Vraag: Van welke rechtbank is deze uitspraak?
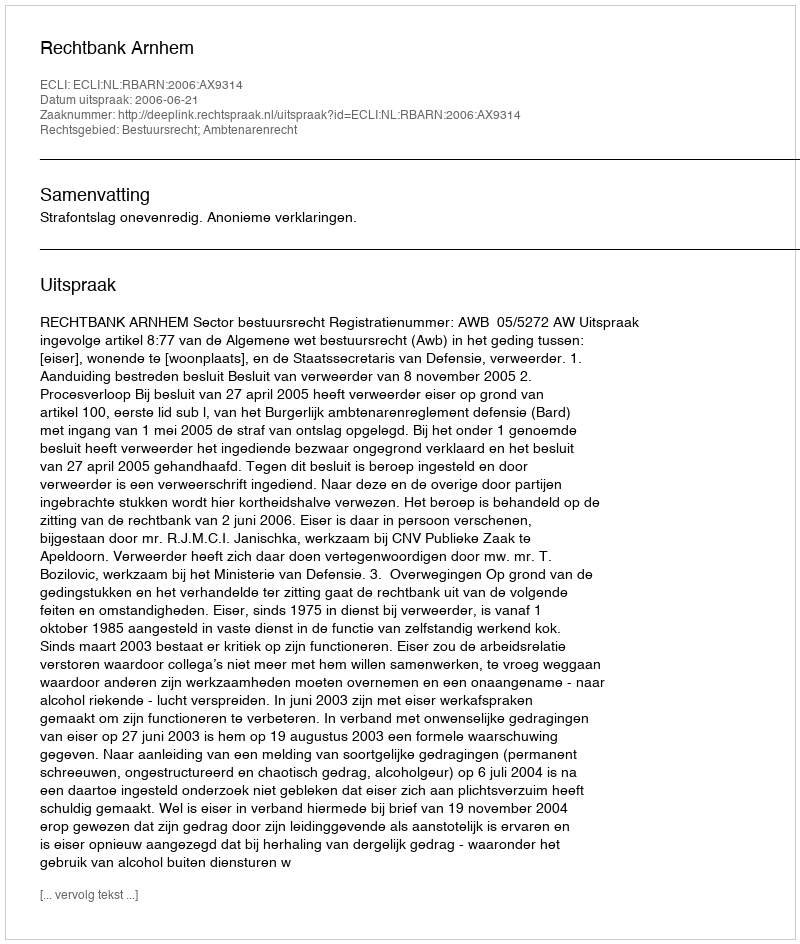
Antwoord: Rechtbank Arnhem